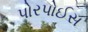
પોરપોઈસ